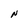
Character: N